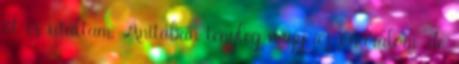
őt is utáltam. Anitában tényleg nagy az önuralom, de